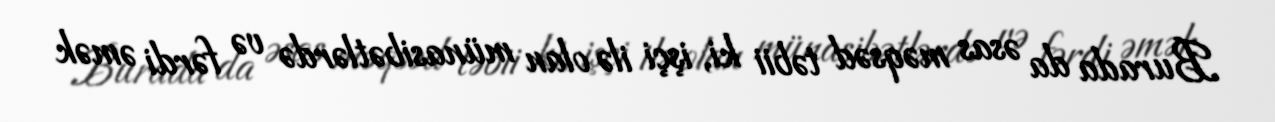
Burada da əsas məqsəd təbii ki, işçi ilə olan münasibətlərdə və fərdi əmək